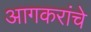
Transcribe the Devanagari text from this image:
आगकरांचे